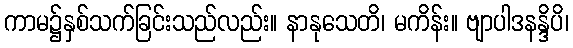
ကာမ၌နှစ်သက်ခြင်းသည်လည်း။ နာနုသေတိ၊ မကိန်း။ ဗျာပါဒနန္ဒိပိ၊